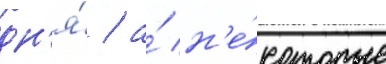
дн'я́ / а́ н'е́которые